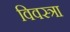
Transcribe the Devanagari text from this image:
विवस्त्रा